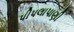
પીપલાપાણી